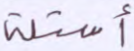
أسئلة